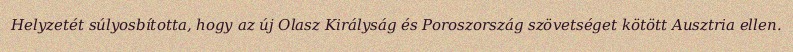
Helyzetét súlyosbította, hogy az új Olasz Királyság és Poroszország szövetséget kötött Ausztria ellen.